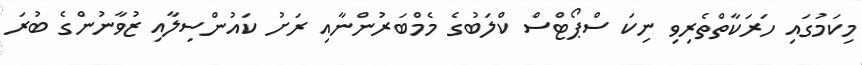
މިކަމުގައި ހަރަކާތްތެރިވި ނިކަ ސްޕޯޓްސް ކްލަބުގެ މެމްބަރުންނާއި ރަށު ކައުންސިލާއި ޒުވާނުންގެ ބުރަ